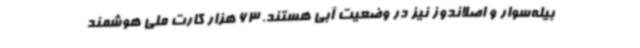
بیله‌سوار و اصلاندوز نیز در وضعیت آبی هستند. 63 هزار کارت ملی هوشمند